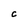
Character: C